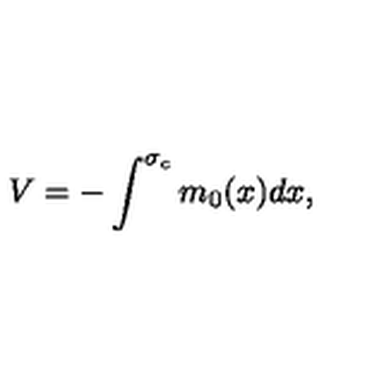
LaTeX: V = - \int ^ { \sigma _ { c } } m _ { 0 } { ( x ) } d x ,